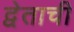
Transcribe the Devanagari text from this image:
द्वेताची